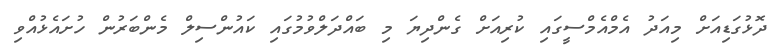
ދޮޅުގަޑިއަށް މިއަދު އެމްއެމްސީގައި ކުރިއަށް ގެންދިޔަ މި ބައްދަލްވުމުގައި ކައުންސިލް މެންބަރުން ހުށައެޅުއްވި